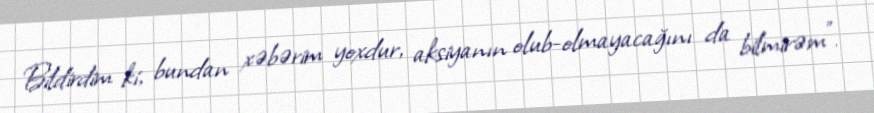
Bildirdim ki, bundan xəbərim yoxdur, aksiyanın olub-olmayacağını da bilmirəm”.